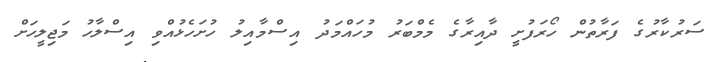
ސަރުކާރުގެ ފަރާތުން ހޯރަފުށީ ދާއިރާގެ މެމްބަރު މުހައްމަދު އިސްމާއިލު ހުށަހެޅުއްވި އިސްލާހު މަޖިލީހަށް